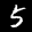
Label: 5